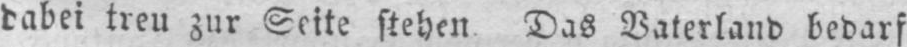
dabei treu zur Seite stehen. Das Vaterland bedarf